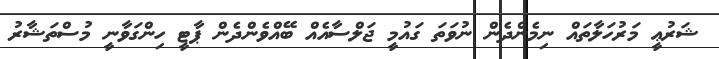
ޝަރުޢީ މަރުހަލާތައް ނިމެންދެން ނުވަތަ ގައުމީ ޖަލްސާއެއް ބޭއްވެންދެން ޕާޓީ ހިންގަވާނީ މުސްތަޝާރު